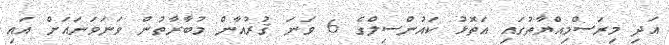
އަދި މިރަސްމިއްޔާތުގައި އަތޮޅު ކައުންސިލްގެ 6 ވަނަ ޤުރުއާން މުބާރާތުން ވަނަވަނައަށް އައި